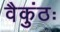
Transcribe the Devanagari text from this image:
वैकुंठः